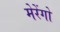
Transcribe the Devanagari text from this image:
मेरेंगो